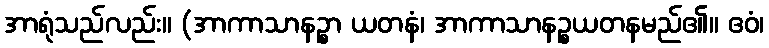
အာရုံသည်လည်း။ (အာကာသာနဉ္စာ ယတနံ၊ အာကာသာနဉ္စယတနမည်၏။ ဧဝံ၊